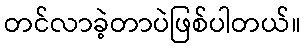
တင်လာခဲ့တာပဲဖြစ်ပါတယ်။